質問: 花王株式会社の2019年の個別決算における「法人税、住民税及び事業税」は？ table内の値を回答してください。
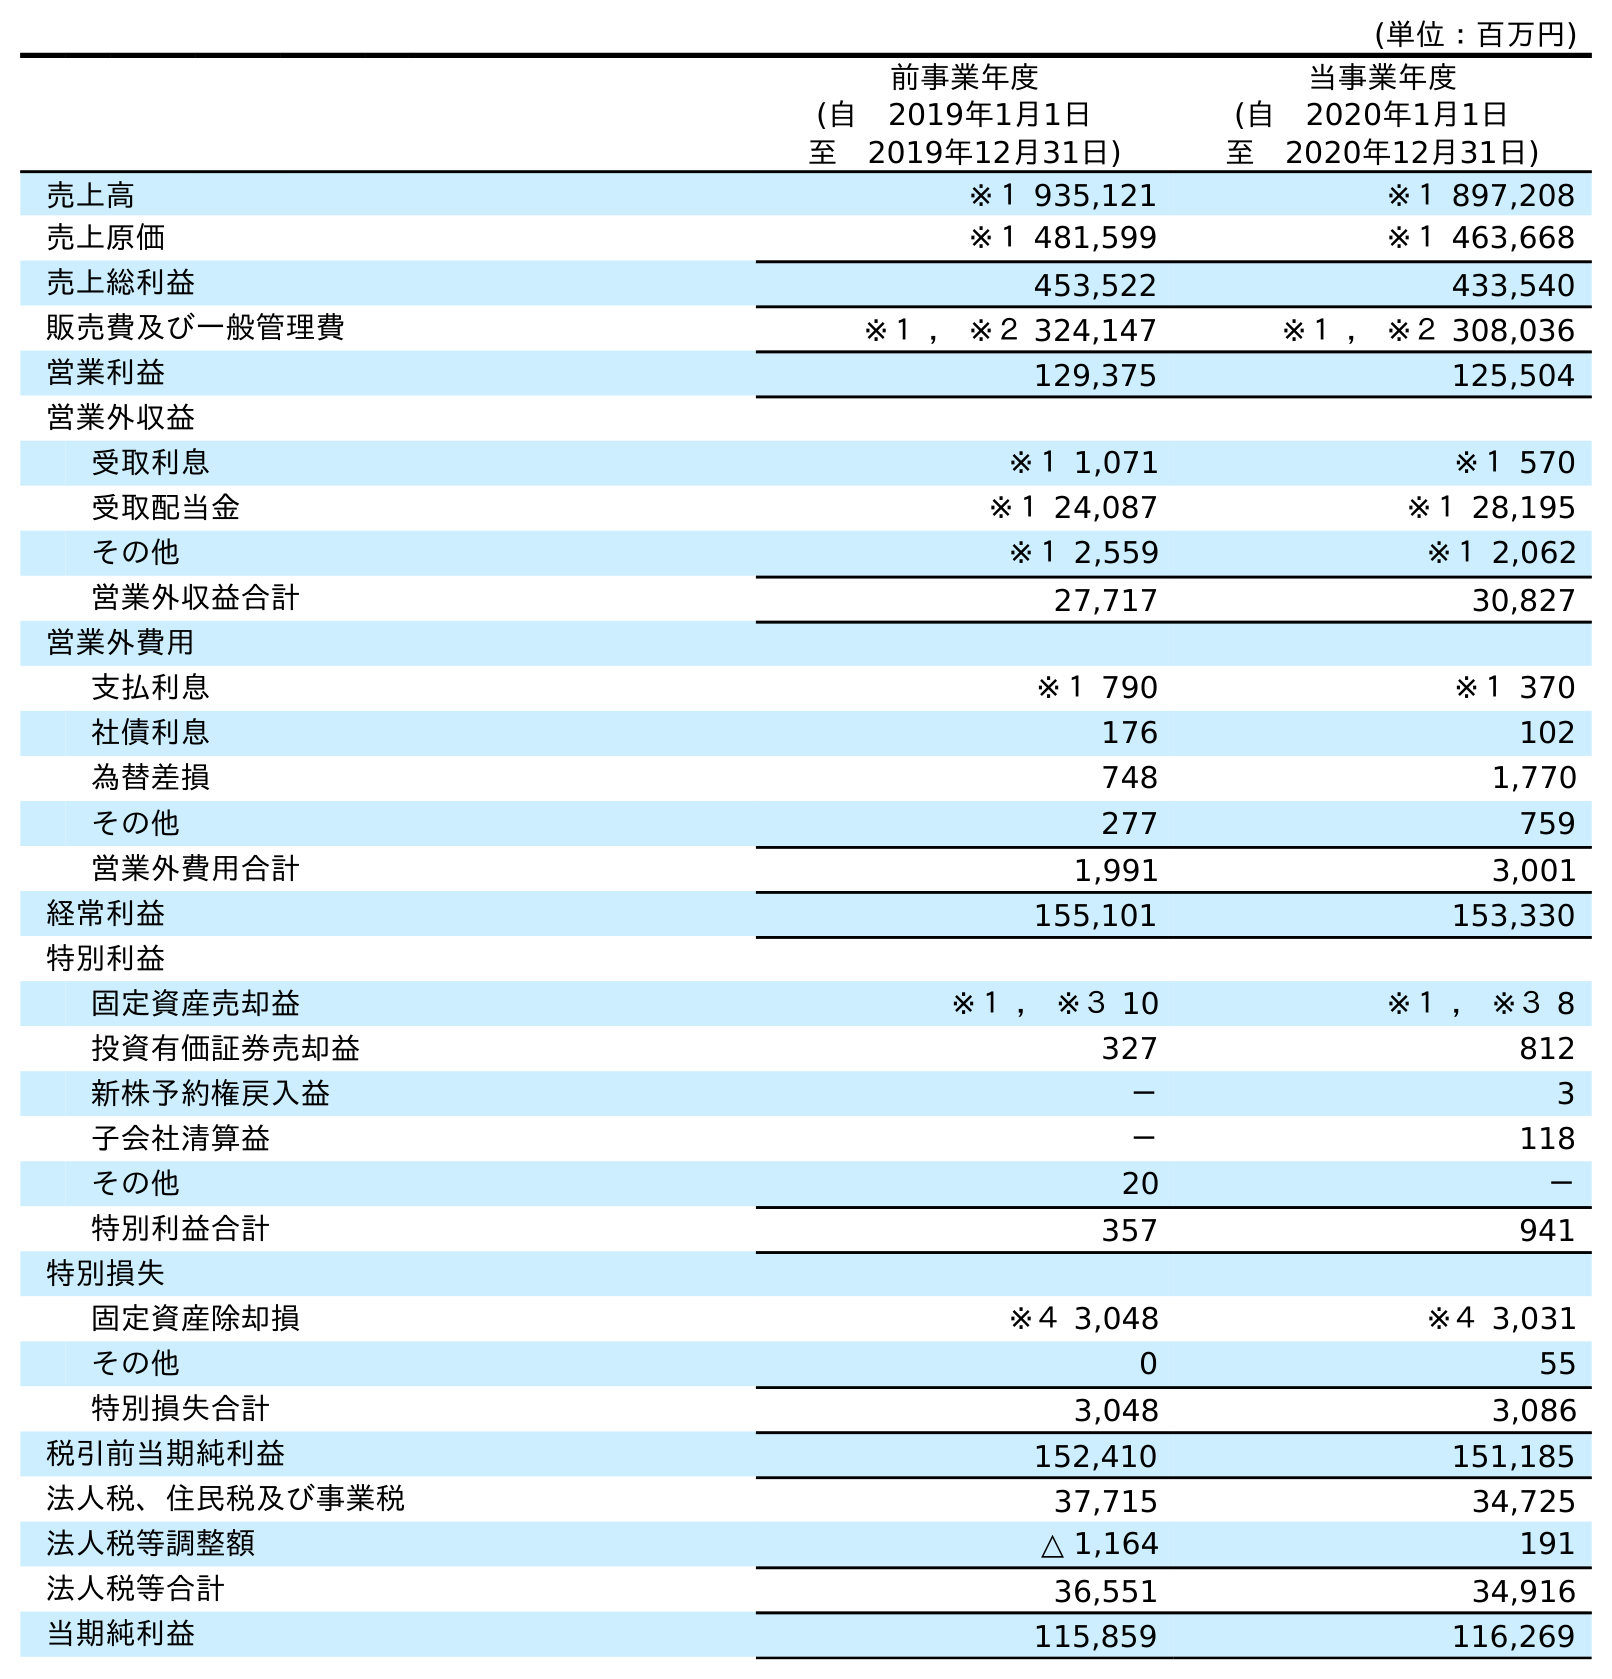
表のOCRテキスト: (単位：百万円) 前事業年度 (自 2019年1月1日 至 2019年12月31日) 当事業年度 (自 2020年1月1日 至 2020年12月31日) 売上高 ※１ 935,121 ※１ 897,208 売上原価 ※１ 481,599 ※１ 463,668 売上総利益 453,522 433,540 販売費及び一般管理費 ※１ ， ※２ 324,147 ※１ ， ※２ 308,036 営業利益 129,375 125,504 営業外収益 受取利息 ※１ 1,071 ※１ 570 受取配当金 ※１ 24,087 ※１ 28,195 その他 ※１ 2,559 ※１ 2,062 営業外収益合計 27,717 30,827 営業外費用 支払利息 ※１ 790 ※１ 370 社債利息 176 102 為替差損 748 1,770 その他 277 759 営業外費用合計 1,991 3,001 経常利益 155,101 153,330 特別利益 固定資産売却益 ※１ ， ※３ 10 ※１ ， ※３ 8 投資有価証券売却益 327 812 新株予約権戻入益 － 3 子会社清算益 － 118 その他 20 － 特別利益合計 357 941 特別損失 固定資産除却損 ※４ 3,048 ※４ 3,031 その他 0 55 特別損失合計 3,048 3,086 税引前当期純利益 152,410 151,185 法人税、住民税及び事業税 37,715 34,725 法人税等調整額 △ 1,164 191 法人税等合計 36,551 34,916 当期純利益 115,859 116,269
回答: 37,715